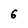
Character: 6